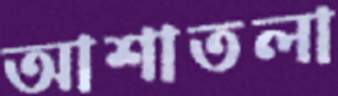
আশাতলা